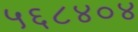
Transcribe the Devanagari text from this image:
५६८४०४